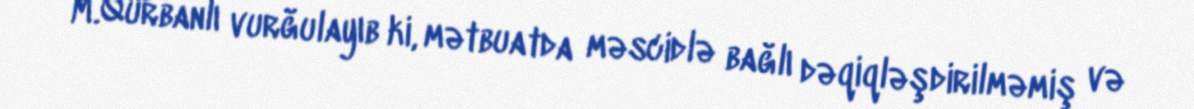
M.Qurbanlı vurğulayıb ki, mətbuatda məscidlə bağlı dəqiqləşdirilməmiş və